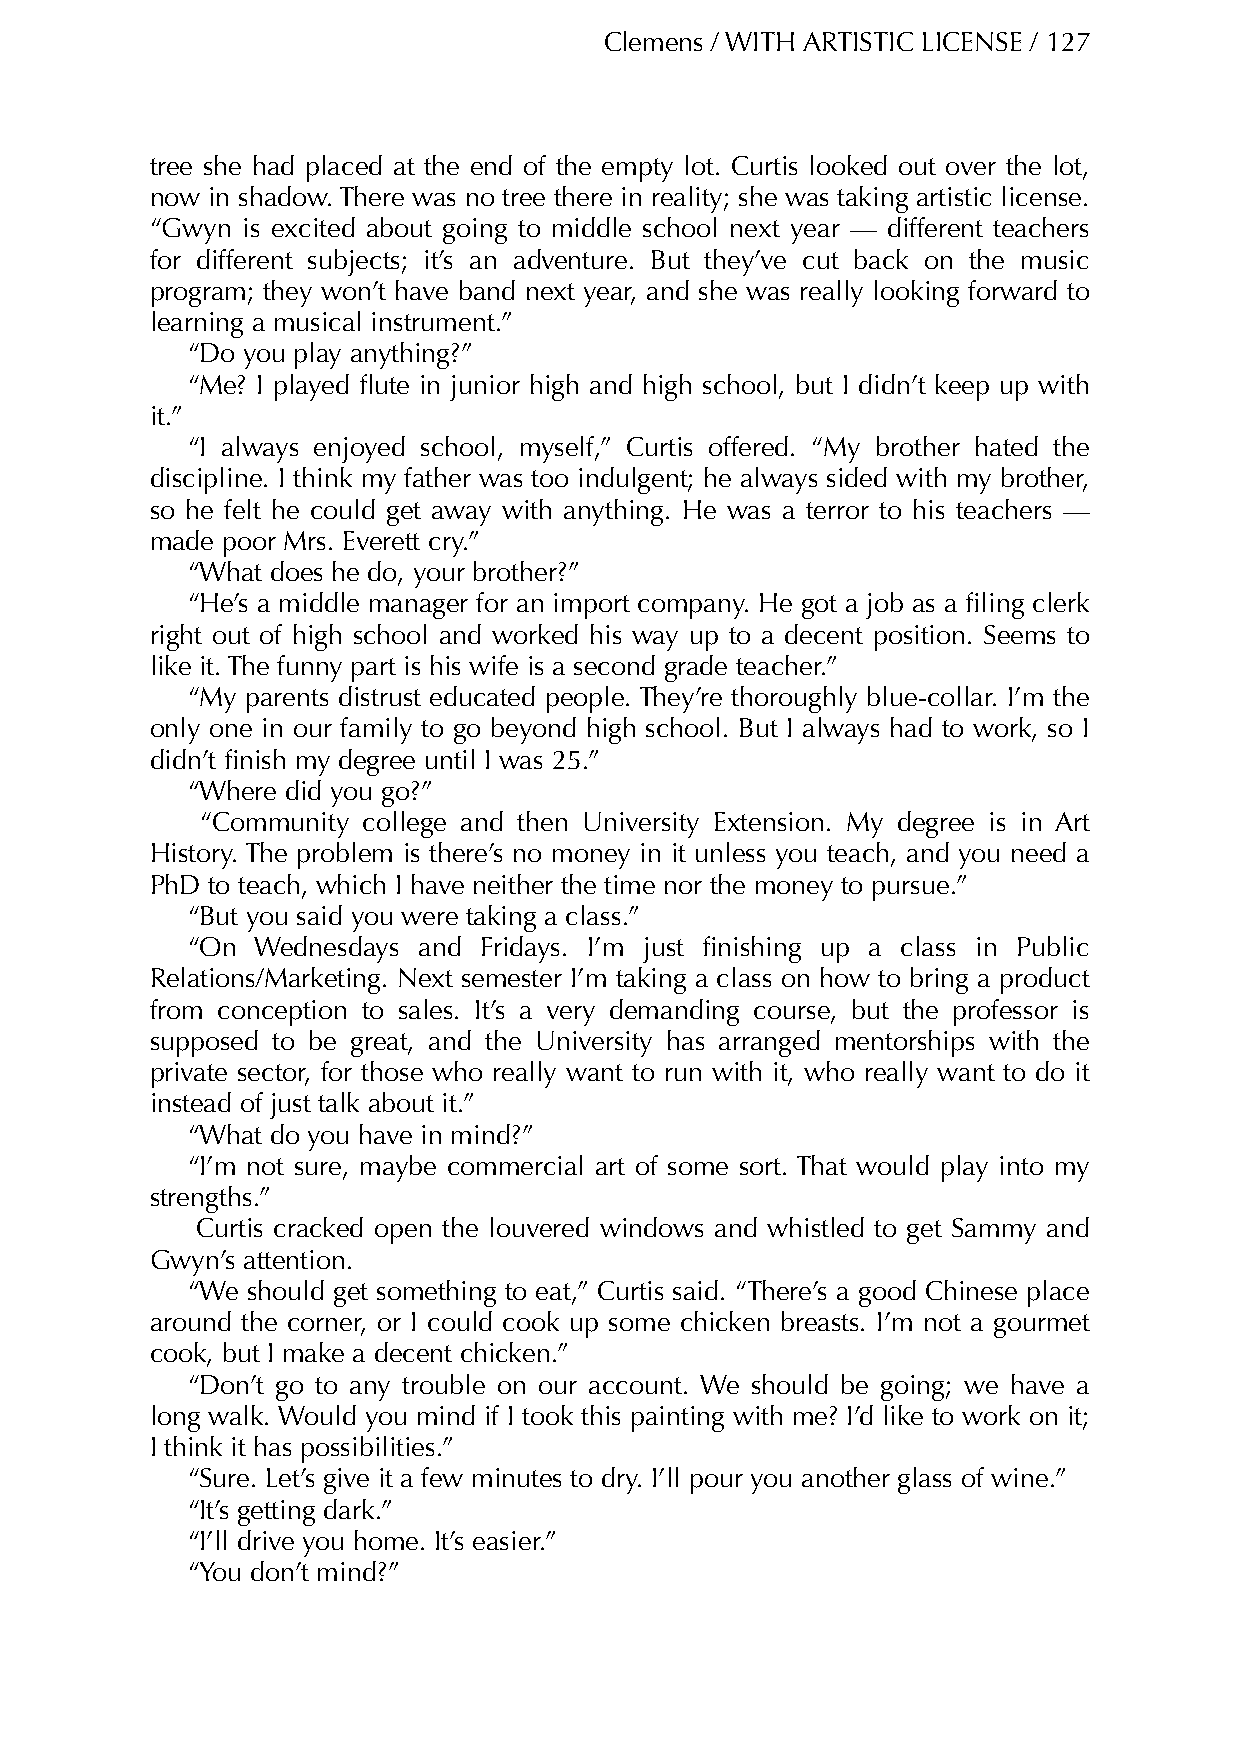
Clemens / WITH ARTISTIC LICENSE / 127
 tree she had placed at the end of the empty lot. Curtis looked out over the lot,
 now in shadow. There was no tree there in reality; she was taking artistic license.
 “Gwyn is excited about going to middle school next year — different teachers
 for different subjects; it’s an adventure. But they’ve cut back on the music
 program; they won’t have band next year, and she was really looking forward to
 learning a musical instrument.”
 “Do you play anything?”
 “Me? I played flute in junior high and high school, but I didn’t keep up with
 it.”
 “I always enjoyed school, myself,” Curtis offered. “My brother hated the
 discipline. I think my father was too indulgent; he always sided with my brother,
 so he felt he could get away with anything. He was a terror to his teachers —
 made poor Mrs. Everett cry.”
 “What does he do, your brother?”
 “He’s a middle manager for an import company. He got a job as a filing clerk
 right out of high school and worked his way up to a decent position. Seems to
 like it. The funny part is his wife is a second grade teacher.”
 “My parents distrust educated people. They’re thoroughly blue-collar. I’m the
 only one in our family to go beyond high school. But I always had to work, so I
 didn’t finish my degree until I was 25.”
 “Where did you go?”
 “Community college and then University Extension. My degree is in Art
 History. The problem is there’s no money in it unless you teach, and you need a
 PhD to teach, which I have neither the time nor the money to pursue.”
 “But you said you were taking a class.”
 “On  Wednesdays and Fridays. I’m just finishing up a class in Public
 Relations/Marketing. Next semester I’m taking a class on how to bring a product
 from conception to sales. It’s a very demanding course, but the professor is
 supposed to be great, and the University has arranged mentorships with the
 private sector, for those who really want to run with it, who really want to do it
 instead of just talk about it.”
 “What do you have in mind?”
 “I’m not sure, maybe commercial art of some sort. That would play into my
 strengths.”
 Curtis cracked open the louvered windows and whistled to get Sammy and
 Gwyn’s attention.
 “We should get something to eat,” Curtis said. “There’s a good Chinese place
 around the corner, or I could cook up some chicken breasts. I’m not a gourmet
 cook, but I make a decent chicken.”
 “Don’t go to any trouble on our account. We should be going; we have a
 long walk. Would you mind if I took this painting with me? I’d like to work on it;
 I think it has possibilities.”
 “Sure. Let’s give it a few minutes to dry. I’ll pour you another glass of wine.”
 “It’s getting dark.”
 “I’ll drive you home. It’s easier.”
 “You don’t mind?”